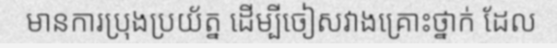
មានការប្រុងប្រយ័ត្ន ដើម្បីចៀសវាងគ្រោះថ្នាក់ ដែល